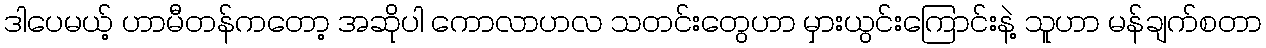
ဒါပေမယ့် ဟာမီတန်ကတော့ အဆိုပါ ကောလာဟလ သတင်းတွေဟာ မှားယွင်းကြောင်းနဲ့ သူဟာ မန်ချက်စတာ